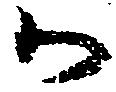
御